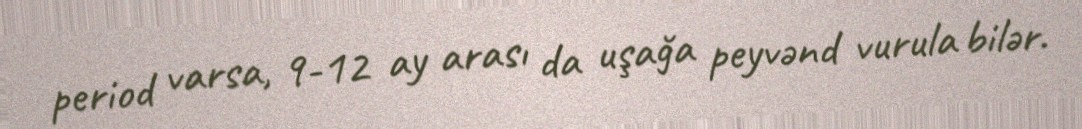
period varsa, 9-12 ay arası da uşağa peyvənd vurula bilər.